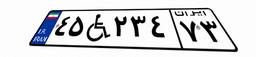
۴۵W۲۳۴۷۳